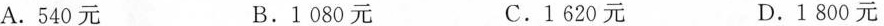
A.540元 B.1 080元 C.1 620元 D.1 800元